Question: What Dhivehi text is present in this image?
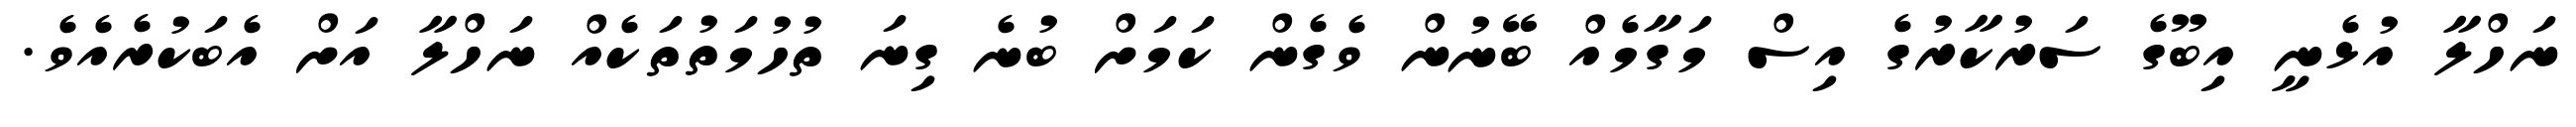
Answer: ނަހްލާ އުޅެނީ އިބޫގެ ސަރުކާރުގެ އިސް މަގާމެއް ބޭނުން ވެގެން ކަމަށް ބުނެ ގިނަ ތުހުމަތުތަކެއް ނަހްލާ އަށް އެބަކުރެއެވެ.